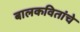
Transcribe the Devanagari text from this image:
बालकवितांचे